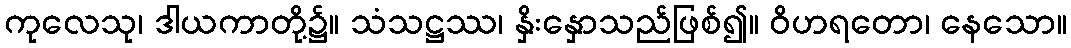
ကုလေသု၊ ဒါယကာတို့၌။ သံသဋ္ဌဿ၊ နှိးနှောသည်ဖြစ်၍။ ဝိဟရတော၊ နေသော။